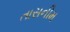
તાસનીમ